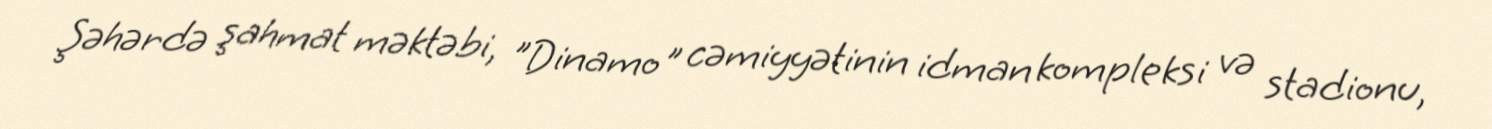
Şəhərdə şahmat məktəbi, "Dinamo" cəmiyyətinin idman kompleksi və stadionu,